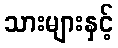
သားများနှင့်